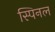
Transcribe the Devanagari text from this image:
स्पिनल